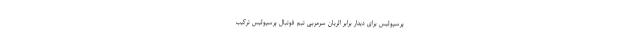
پرسپولیس برای دیدار برابر الریان سرمربی تیم فوتبال پرسپولیس ترکیب